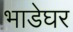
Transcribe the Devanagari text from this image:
भाडेघर